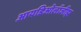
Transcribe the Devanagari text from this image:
आयडिओलॉजीझ